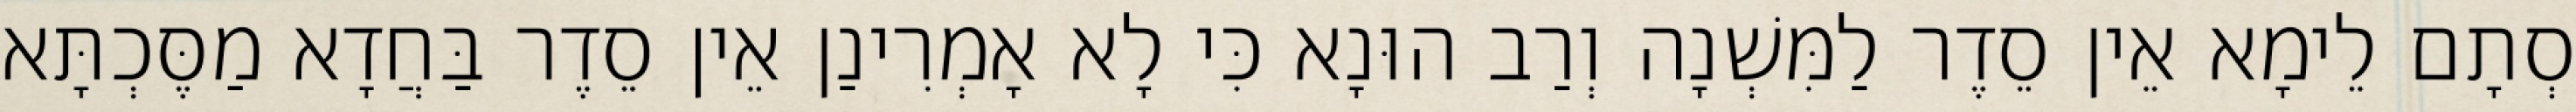
סְתָם לֵימָא אֵין סֵדֶר לַמִּשְׁנָה וְרַב הוּנָא כִּי לָא אָמְרִינַן אֵין סֵדֶר בַּחֲדָא מַסֶּכְתָּא